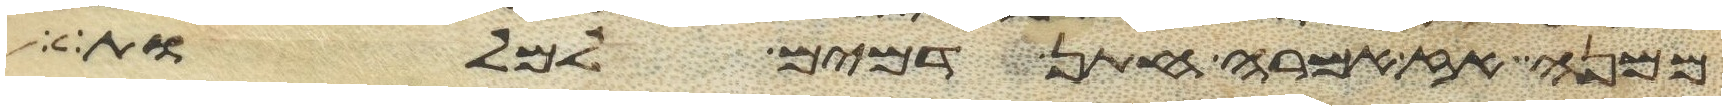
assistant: ממנה אז אמרה חתן דמים למלות